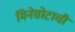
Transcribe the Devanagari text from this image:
मिनेसोटाची